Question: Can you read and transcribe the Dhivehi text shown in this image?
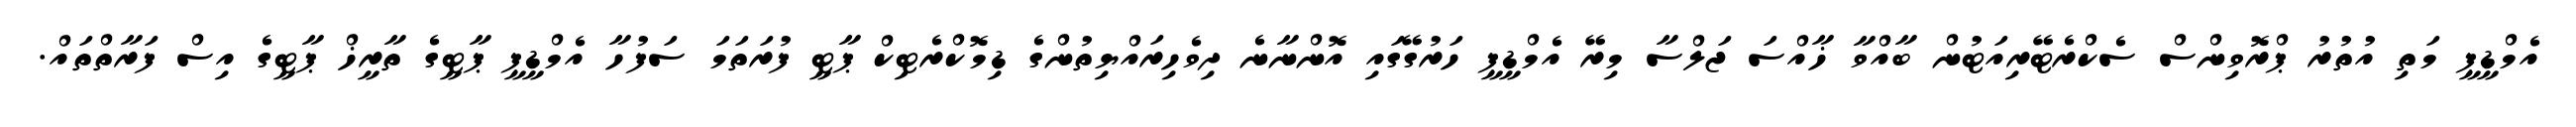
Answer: އެމްޑީޕީ މަތި އުތުރު ޕްރޮވިންސް ސެކްރެޓޭރިއަޓުން ބާއްވާ ޚާއްސަ ޖަލްސާ މިރޭ އެމްޑީޕީ ހަރުގޭގައި އޮންނާނެ ދިވެހިރައްޔިތުންގެ ޑިމޮކްރެޓިކް ޕާޓީ ފުރަތަމަ ސަފުހާ އެމްޑީޕީ ޕާޓީގެ ތާރީޚް ޕާޓީގެ އިސް ފަރާތްތައް.